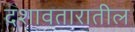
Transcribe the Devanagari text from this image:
दशावतारातील